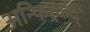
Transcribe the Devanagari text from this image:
अन्फिएल्द्